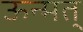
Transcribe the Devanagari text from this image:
ऊन्मत्